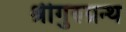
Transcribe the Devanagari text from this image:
श्रीगुरुग्रन्थ